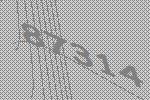
87314